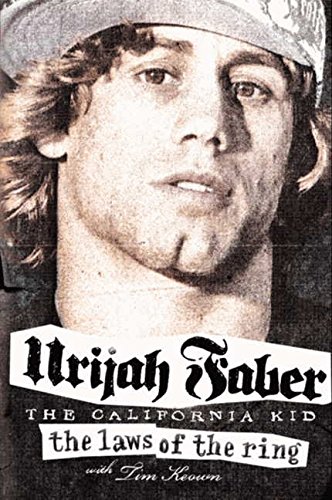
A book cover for The Laws of the Ring; Urijah Faber; Biographies & Memoirs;